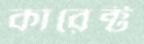
কারেক্ট